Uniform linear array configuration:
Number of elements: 32
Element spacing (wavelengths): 0.5
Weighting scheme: kaiser
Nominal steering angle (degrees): -30
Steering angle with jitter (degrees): -29.773
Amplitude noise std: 0.05
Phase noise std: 0.05

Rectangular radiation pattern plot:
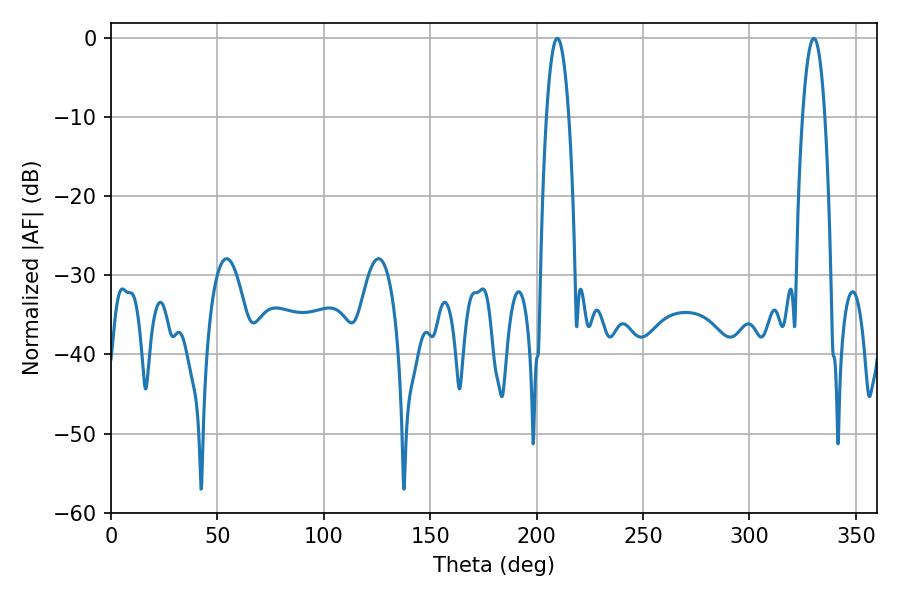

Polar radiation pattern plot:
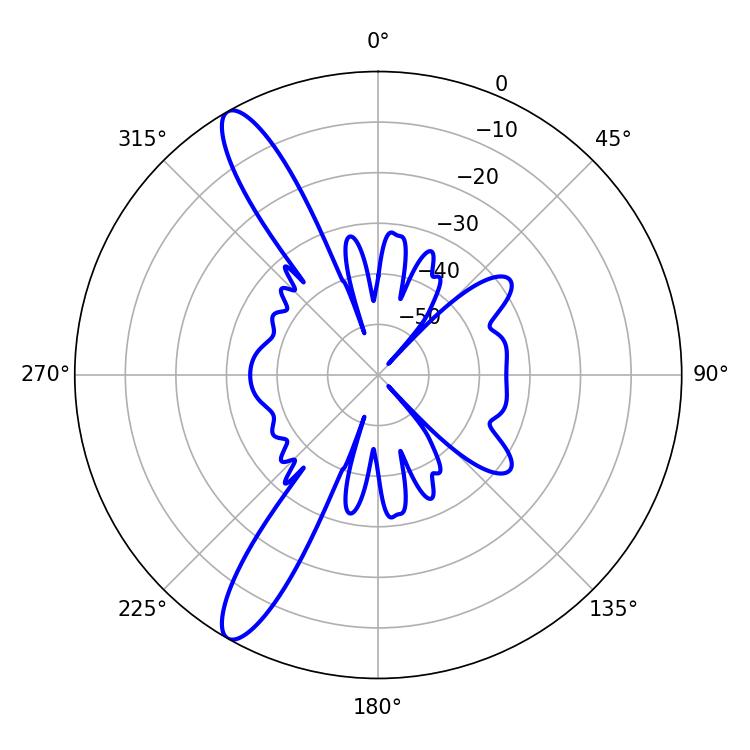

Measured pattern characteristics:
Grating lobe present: FALSE
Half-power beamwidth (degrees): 5.76
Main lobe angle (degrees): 209.7